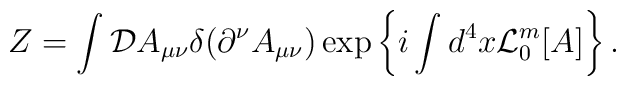
Z = \int {\cal D}A_{\mu\nu}\delta(\partial^\nu A_{\mu\nu}) \exp \left\{ i \int d^4x  {\cal L}_0^m{}[A]   \right\} .